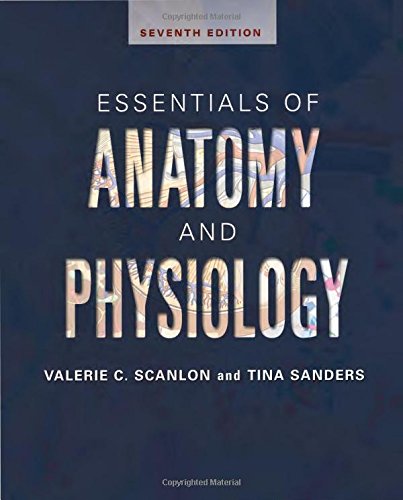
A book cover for Essentials of Anatomy and Physiology; Valerie C. Scanlon PhD; Medical Books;